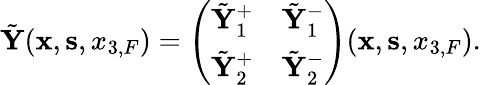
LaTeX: \begin{array}{r}{\tilde{\mathbf Y}({{\mathbf x}},{{\mathbf s}},{x_{3,F}})=\left(\begin{array}{ll}{\tilde{\mathbf Y}_{1}^{+}}&{\tilde{\mathbf Y}_{1}^{-}}\\ {\tilde{\mathbf Y}_{2}^{+}}&{\tilde{\mathbf Y}_{2}^{-}}\end{array}\right)({{\mathbf x}},{{\mathbf s}},{x_{3,F}}).}\end{array}